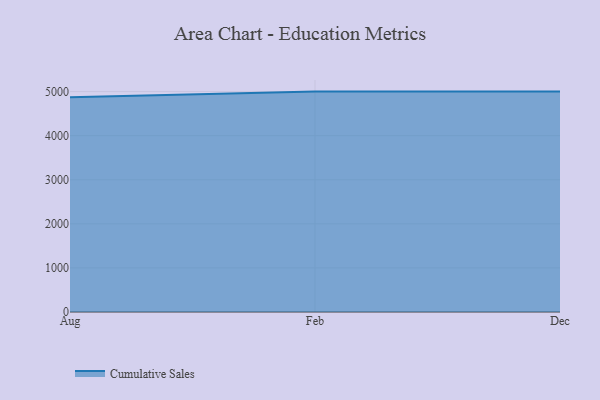
{"axis": {"x": "Month", "y": "Active Users"}, "legend": ["Cumulative Sales"], "data": [{"x": "Aug", "y": 4869.1, "type": "Cumulative Sales"}, {"x": "Feb", "y": 5000, "type": "Cumulative Sales"}, {"x": "Dec", "y": 5000, "type": "Cumulative Sales"}]}